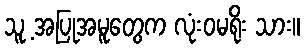
သူ့ အပြုအမူတွေက လုံးဝမရိုး သား။